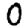
Digit: 0